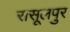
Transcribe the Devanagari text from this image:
रासूलपुर